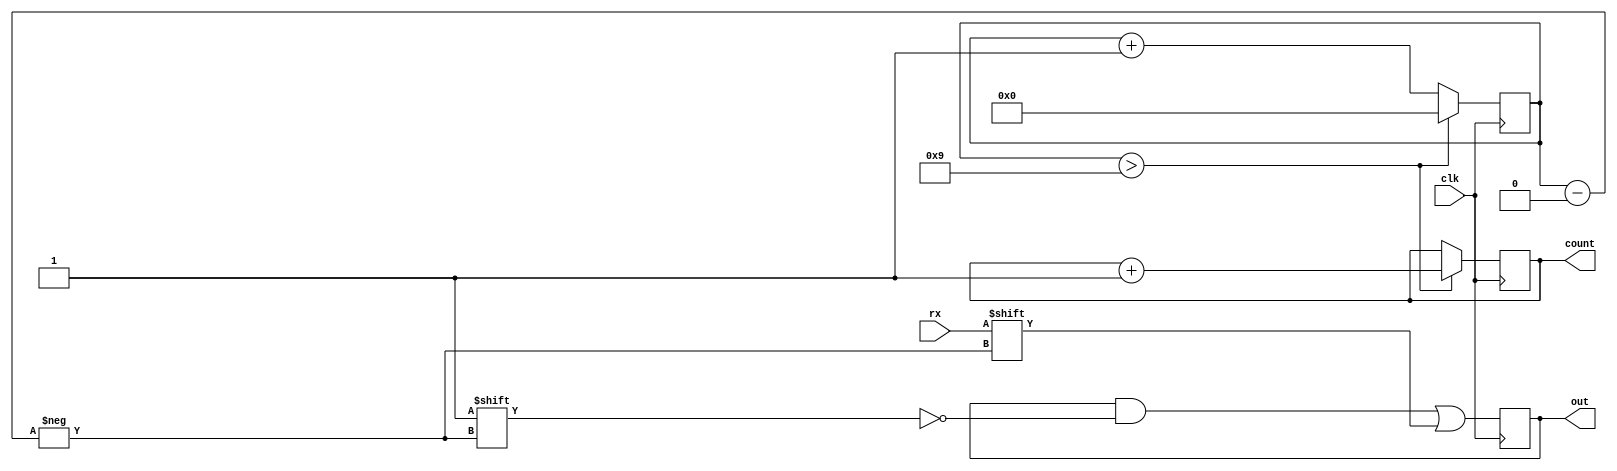
module mySPI_3 (
    input clk,  // clock
    input rx,
    output [10:0]out,
    output [5:0]count
  );
  
  reg [10:0] data;
  //reg [10:0] dataOut = 0;
  reg [3:0] counter = 0;
  reg [5:0]dataCounter = 63;
  
  always @(negedge clk) begin
     
    data[counter] <= rx;
    counter <= counter+1;
    
    if(counter > 9) begin 
      counter <= 0;
      dataCounter <= dataCounter + 1;
    end
  end
  
  assign out = data;
  assign count = dataCounter;
  
endmodule